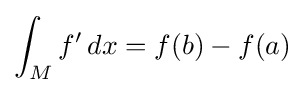
\int _{M}f'\,dx=f(b)-f(a)